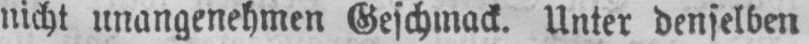
nicht unangenehmen Geschmack. Unter denselben